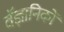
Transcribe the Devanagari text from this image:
वॅज्ञानिकों